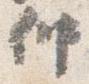
仲